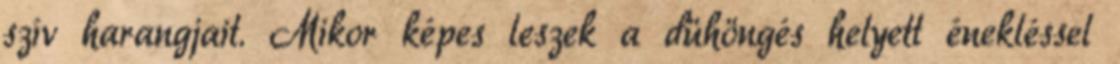
szív harangjait. Mikor képes leszek a dühöngés helyett énekléssel